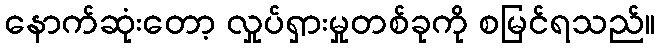
နောက်ဆုံးတော့ လှုပ်ရှားမှုတစ်ခုကို စမြင်ရသည်။